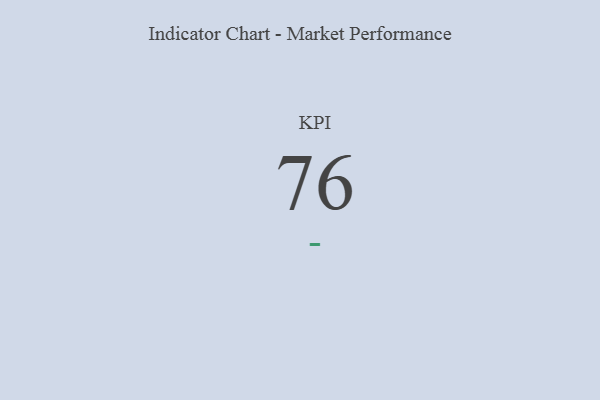
{"axis": {"x": "KPI", "y": "Value"}, "legend": [""], "data": [{"x": "KPI", "y": 76, "type": ""}]}